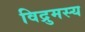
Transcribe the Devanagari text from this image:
विद्रुमस्य